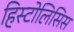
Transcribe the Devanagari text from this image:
हिस्टोलिसिस